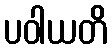
ပဝါယတိ